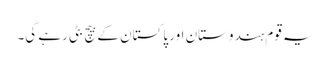
یہ قوم ہندوستان اور پاکستان کے بیچ بٹی رہے گی۔